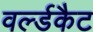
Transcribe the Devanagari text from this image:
वर्ल्डकैट